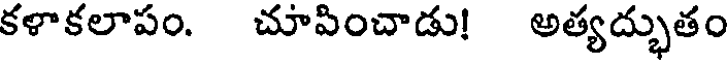
కళాకలాపం. చూపించాడు! అత్యద్భుతం